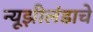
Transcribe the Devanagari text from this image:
न्यूझीलंडाचे